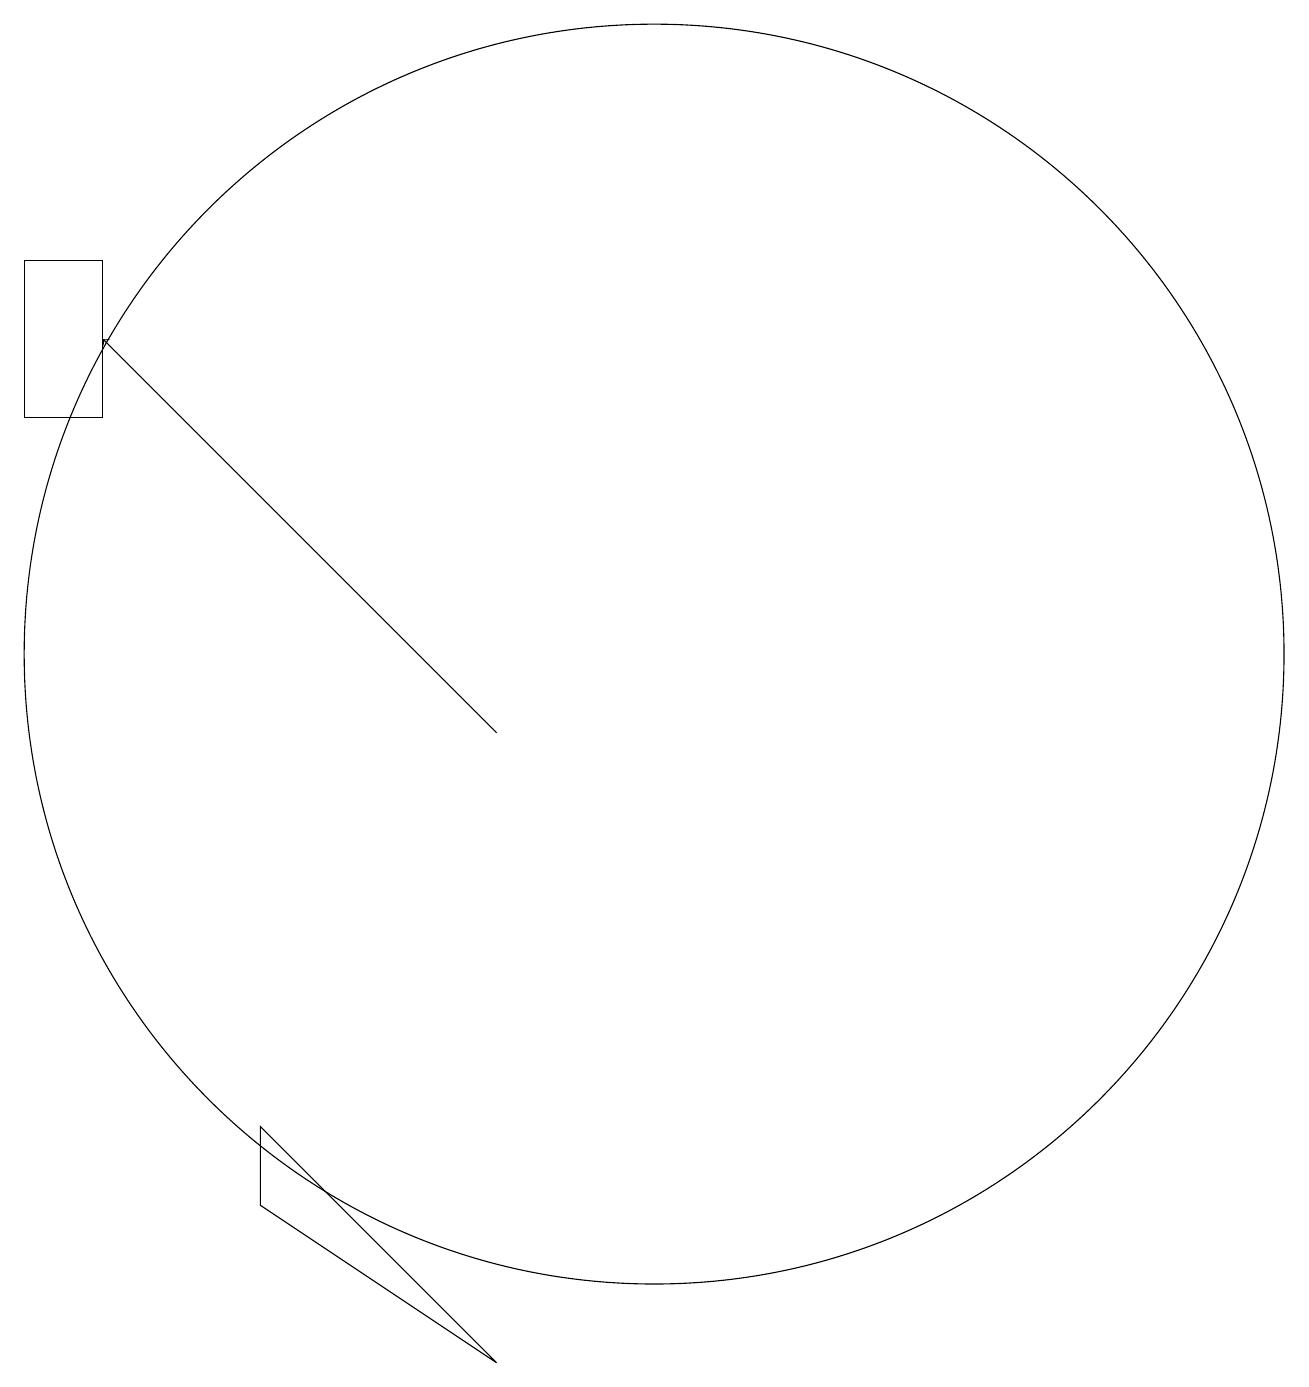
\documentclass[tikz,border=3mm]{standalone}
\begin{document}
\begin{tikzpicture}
\draw (11,11) circle (8);
\draw (6,4) -- (9,2) -- (6,5) -- cycle;
\draw (4,16) rectangle (3,14);
\draw[->] (9,10) -- (4,15);
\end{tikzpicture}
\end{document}